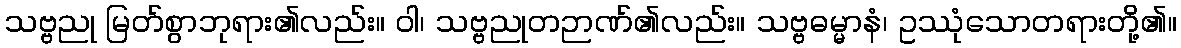
သဗ္ဗညု မြတ်စွာဘုရား၏လည်း။ ဝါ၊ သဗ္ဗညုတဉာဏ်၏လည်း။ သဗ္ဗဓမ္မာနံ၊ ဥဿုံသောတရားတို့၏။